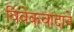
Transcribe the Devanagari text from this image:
विवेकवादाने